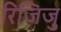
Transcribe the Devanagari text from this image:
रिजिजु